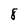
Character: 8